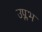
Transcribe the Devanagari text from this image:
उप्लभ